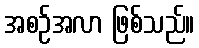
အစဉ်အလာ ဖြစ်သည်။